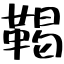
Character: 鞨